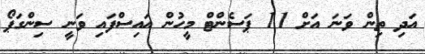
އަދި ތިން ވަނަ އަށް 11 ޕަސެންޓް މީހުން އައިސްފައި ވަނީ ސިންގަޕޯ